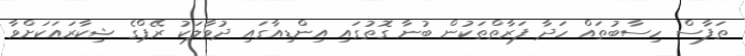
ތަފާސް ހިސާބުތައް ހަދާ ފަރާތްތަކުން ބުނާ ގޮތުގައި އިންޑިއާގައި ދުވާލަކު ރޭޕްގެ ޝިކާރައަކަށްވާ